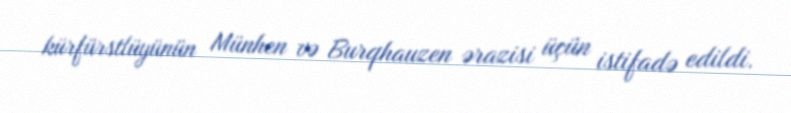
kürfürstlüyünün Münhen və Burqhauzen ərazisi üçün istifadə edildi.